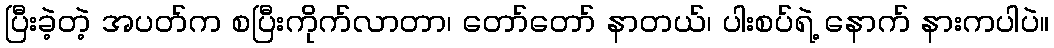
ပြီးခဲ့တဲ့ အပတ်က စပြီးကိုက်လာတာ၊ တော်တော် နာတယ်၊ ပါးစပ်ရဲ့ နောက် နားကပါပဲ။